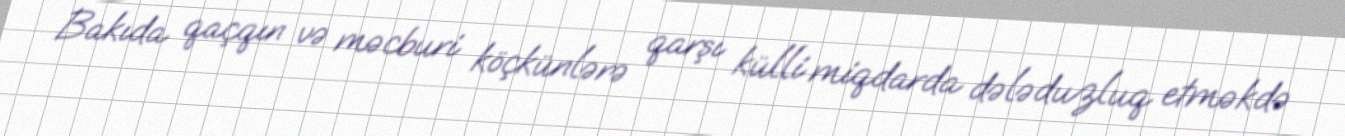
Bakıda qaçqın və məcburi köçkünlərə qarşı külli miqdarda dələduzluq etməkdə